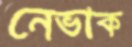
নেভাক